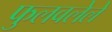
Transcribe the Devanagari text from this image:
फुलवलेले